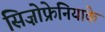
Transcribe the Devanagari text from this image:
सिज़ोफ्रेनियाके